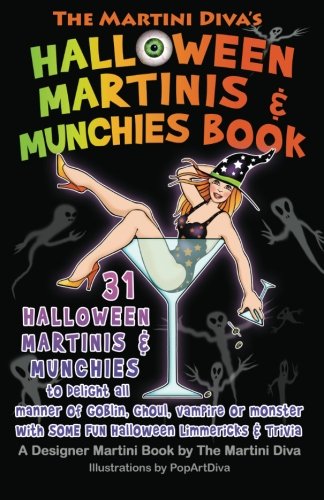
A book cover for The Martini Diva's Halloween Martinis & Munchies Book; The Martini Diva; Cookbooks, Food & Wine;